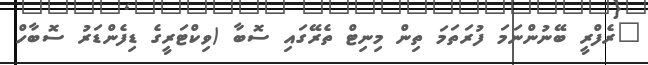
"ރެފްރީ ބޭނުންނަމަ ފުރަތަމަ ތިން މިނިޓް ތެރޭގައި ސޮބާ (ވިކްޓަރީގެ ޑިފެންޑަރު ސޮބާހް